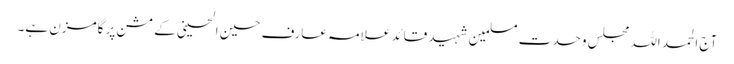
آج الحمد اللہ مجلس وحدت مسلمین شہید قائد علامہ عارف حسین الحسینی کے مشن پر گامزن ہے۔